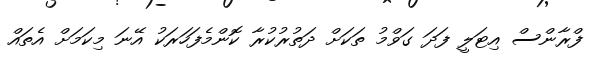
ފްރާންސް އިޓަލީ ފަދަ ގަވްމު ތަކަށް ދަތުރުކުރާ ކޮންމެފަހަރަކު އޭނަ މިކަމަށް އެތައް